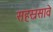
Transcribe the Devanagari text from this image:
सहस्रसावे